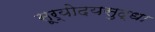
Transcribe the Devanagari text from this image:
सूर्योदयसुद्धा